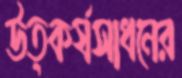
উত্কর্ষসাধনের